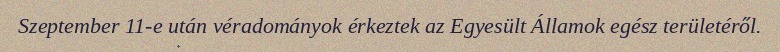
Szeptember 11-e után véradományok érkeztek az Egyesült Államok egész területéről.